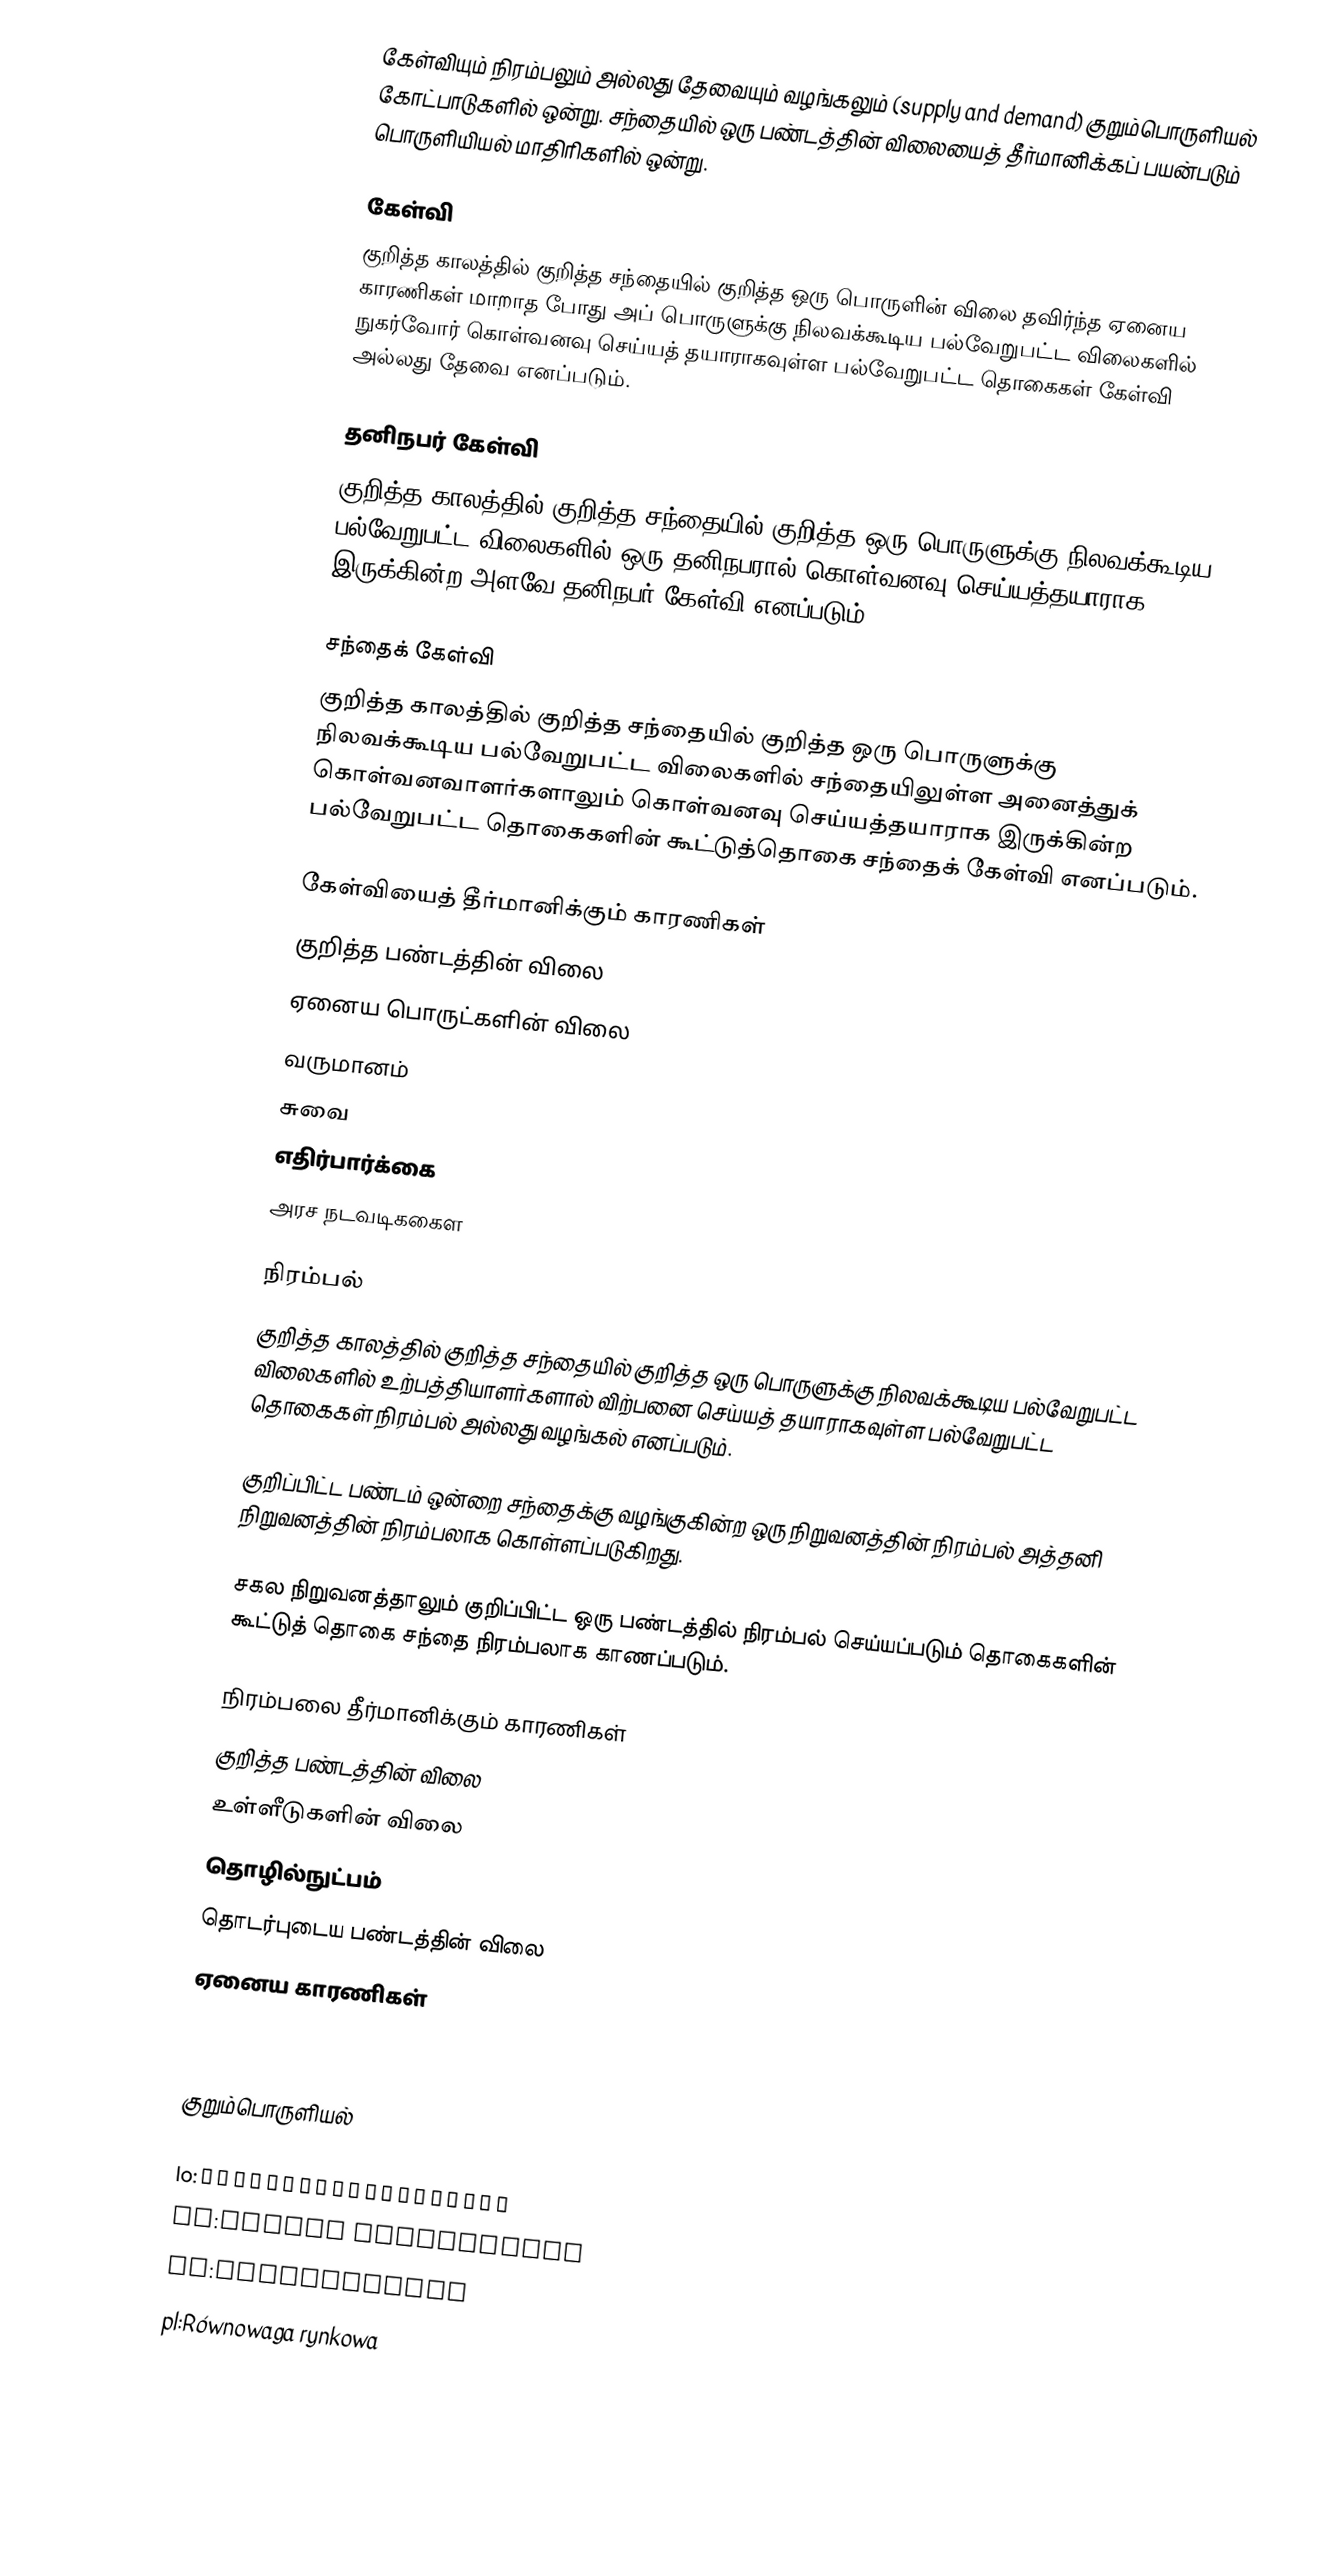
கேள்வியும் நிரம்பலும் அல்லது தேவையும் வழங்கலும் (supply and demand) குறும்பொருளியல் கோட்பாடுகளில் ஒன்று. சந்தையில் ஒரு பண்டத்தின் விலையைத் தீர்மானிக்கப் பயன்படும் பொருளியியல் மாதிரிகளில் ஒன்று.

கேள்வி
குறித்த காலத்தில் குறித்த சந்தையில் குறித்த ஒரு பொருளின் விலை தவிர்ந்த ஏனைய காரணிகள் மாறாத போது அப் பொருளுக்கு நிலவக்கூடிய பல்வேறுபட்ட விலைகளில் நுகர்வோர் கொள்வனவு செய்யத் தயாராகவுள்ள பல்வேறுபட்ட தொகைகள் கேள்வி அல்லது தேவை எனப்படும்.

தனிநபர் கேள்வி
குறித்த காலத்தில் குறித்த சந்தையில் குறித்த ஒரு பொருளுக்கு நிலவக்கூடிய பல்வேறுபட்ட விலைகளில் ஒரு தனிநபரால் கொள்வனவு செய்யத்தயாராக இருக்கின்ற அளவே தனிநபர் கேள்வி எனப்படும்.

சந்தைக் கேள்வி
குறித்த காலத்தில் குறித்த சந்தையில் குறித்த ஒரு பொருளுக்கு நிலவக்கூடிய பல்வேறுபட்ட விலைகளில் சந்தையிலுள்ள அனைத்துக் கொள்வனவாளர்களாலும் கொள்வனவு செய்யத்தயாராக இருக்கின்ற பல்வேறுபட்ட தொகைகளின் கூட்டுத்தொகை சந்தைக் கேள்வி எனப்படும்.

கேள்வியைத் தீர்மானிக்கும் காரணிகள்
 குறித்த பண்டத்தின் விலை
 ஏனைய பொருட்களின் விலை
 வருமானம்
 சுவை
 எதிர்பார்க்கை
அரச நடவடிககைள

நிரம்பல்
குறித்த காலத்தில் குறித்த சந்தையில் குறித்த ஒரு பொருளுக்கு நிலவக்கூடிய பல்வேறுபட்ட விலைகளில் உற்பத்தியாளர்களால் விற்பனை செய்யத் தயாராகவுள்ள பல்வேறுபட்ட தொகைகள் நிரம்பல் அல்லது வழங்கல் எனப்படும்.

குறிப்பிட்ட பண்டம் ஒன்றை சந்தைக்கு வழங்குகின்ற ஒரு நிறுவனத்தின் நிரம்பல் அத்தனி நிறுவனத்தின் நிரம்பலாக கொள்ளப்படுகிறது.

சகல நிறுவனத்தாலும் குறிப்பிட்ட ஒரு பண்டத்தில் நிரம்பல் செய்யப்படும் தொகைகளின் கூட்டுத் தொகை சந்தை நிரம்பலாக காணப்படும்.

நிரம்பலை தீர்மானிக்கும் காரணிகள்
 குறித்த பண்டத்தின் விலை
 உள்ளீடுகளின் விலை
 தொழில்நுட்பம்
 தொடர்புடைய பண்டத்தின் விலை
 ஏனைய காரணிகள்

 

குறும்பொருளியல்

lo:ດຸນຍະພາບທາງເສດຖະກິດ
lt:Rinkos pusiausvyra
nl:Marktwerking
pl:Równowaga rynkowa